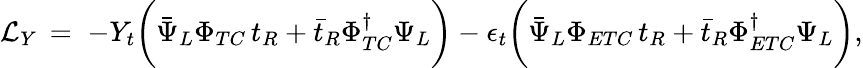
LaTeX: {\cal L}_{Y}\, =\; -Y_{t}\biggl(\bar{\Psi}_{L}\Phi_{TC}\, t_{R}+\bar{t}_{R}\Phi_{TC}^{\dagger}\Psi_{L}\biggr)-\epsilon_{t}\biggl(\bar{\Psi}_{L}\Phi_{ETC}\, t_{R}+\bar{t}_{R}\Phi_{ETC}^{\dagger}\Psi_{L}\biggr),